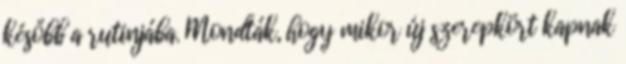
később a rutinjába. Mondták, hogy mikor új szerepkört kapnak